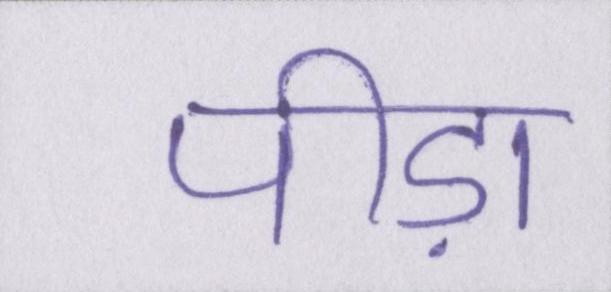
पीड़ा